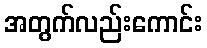
အတွက်လည်းကောင်း